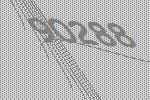
90288